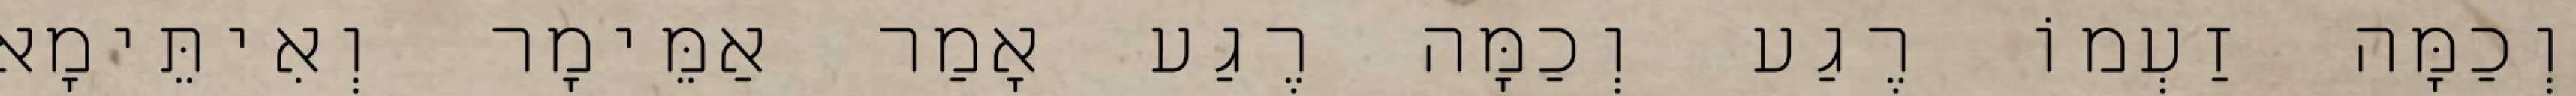
וְכַמָּה זַעְמוֹ רֶגַע וְכַמָּה רֶגַע אָמַר אַמֵּימָר וְאִיתֵּימָא